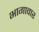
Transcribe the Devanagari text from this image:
भागावार